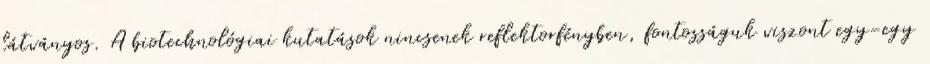
látványos. A biotechnológiai kutatások nincsenek reflektorfényben, fontosságuk viszont egy-egy